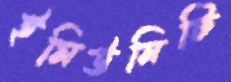
ইমিউনিটি